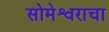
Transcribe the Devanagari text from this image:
सोमेश्वराचा